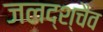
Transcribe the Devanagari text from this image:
जलद्श्चैव